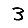
Digit: 3